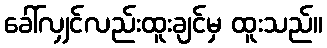
ခေါ်လျှင်လည်းထူးချင်မှ ထူးသည်။